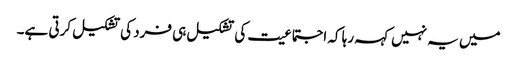
میں یہ نہیں کہہ رہا کہ اجتماعیت کی تشکیل ہی فرد کی تشکیل کرتی ہے۔